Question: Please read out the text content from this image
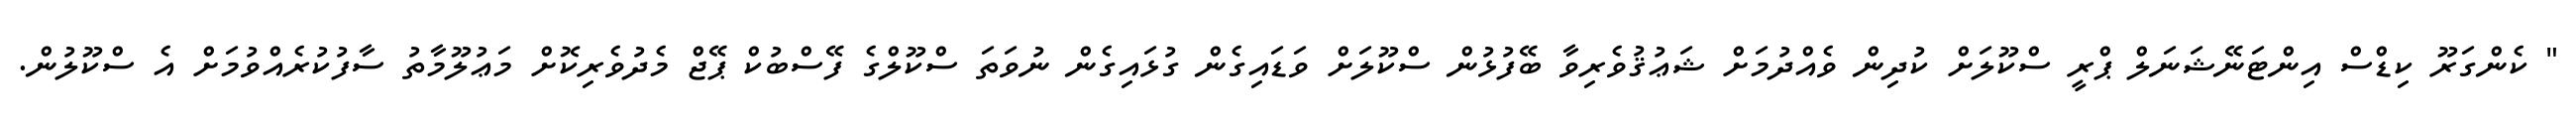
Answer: " ކެންގަރޫ ކިޑްސް އިންޓަނޭޝަނަލް ޕްރީ ސްކޫލަށް ކުދިން ވެއްދުމަށް ޝަޢުޤުވެރިވާ ބޭފުޅުން ސްކޫލަށް ވަޑައިގެން ގުޅައިގެން ނުވަތަ ސްކޫލްގެ ފޭސްބުކް ޕޭޖް މެދުވެރިކޮށް މަޢުލޫމާތު ސާފުކުރެއްވުމަށް އެ ސްކޫލުން.